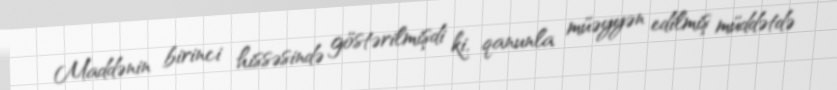
Maddənin birinci hissəsində göstərilmişdi ki, qanunla müəyyən edilmiş müddətdə